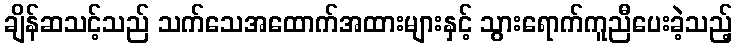
ချိန်ဆသင့်သည် သက်သေအထောက်အထားများနှင့် သွားရောက်ကူညီပေးခဲ့သည့်